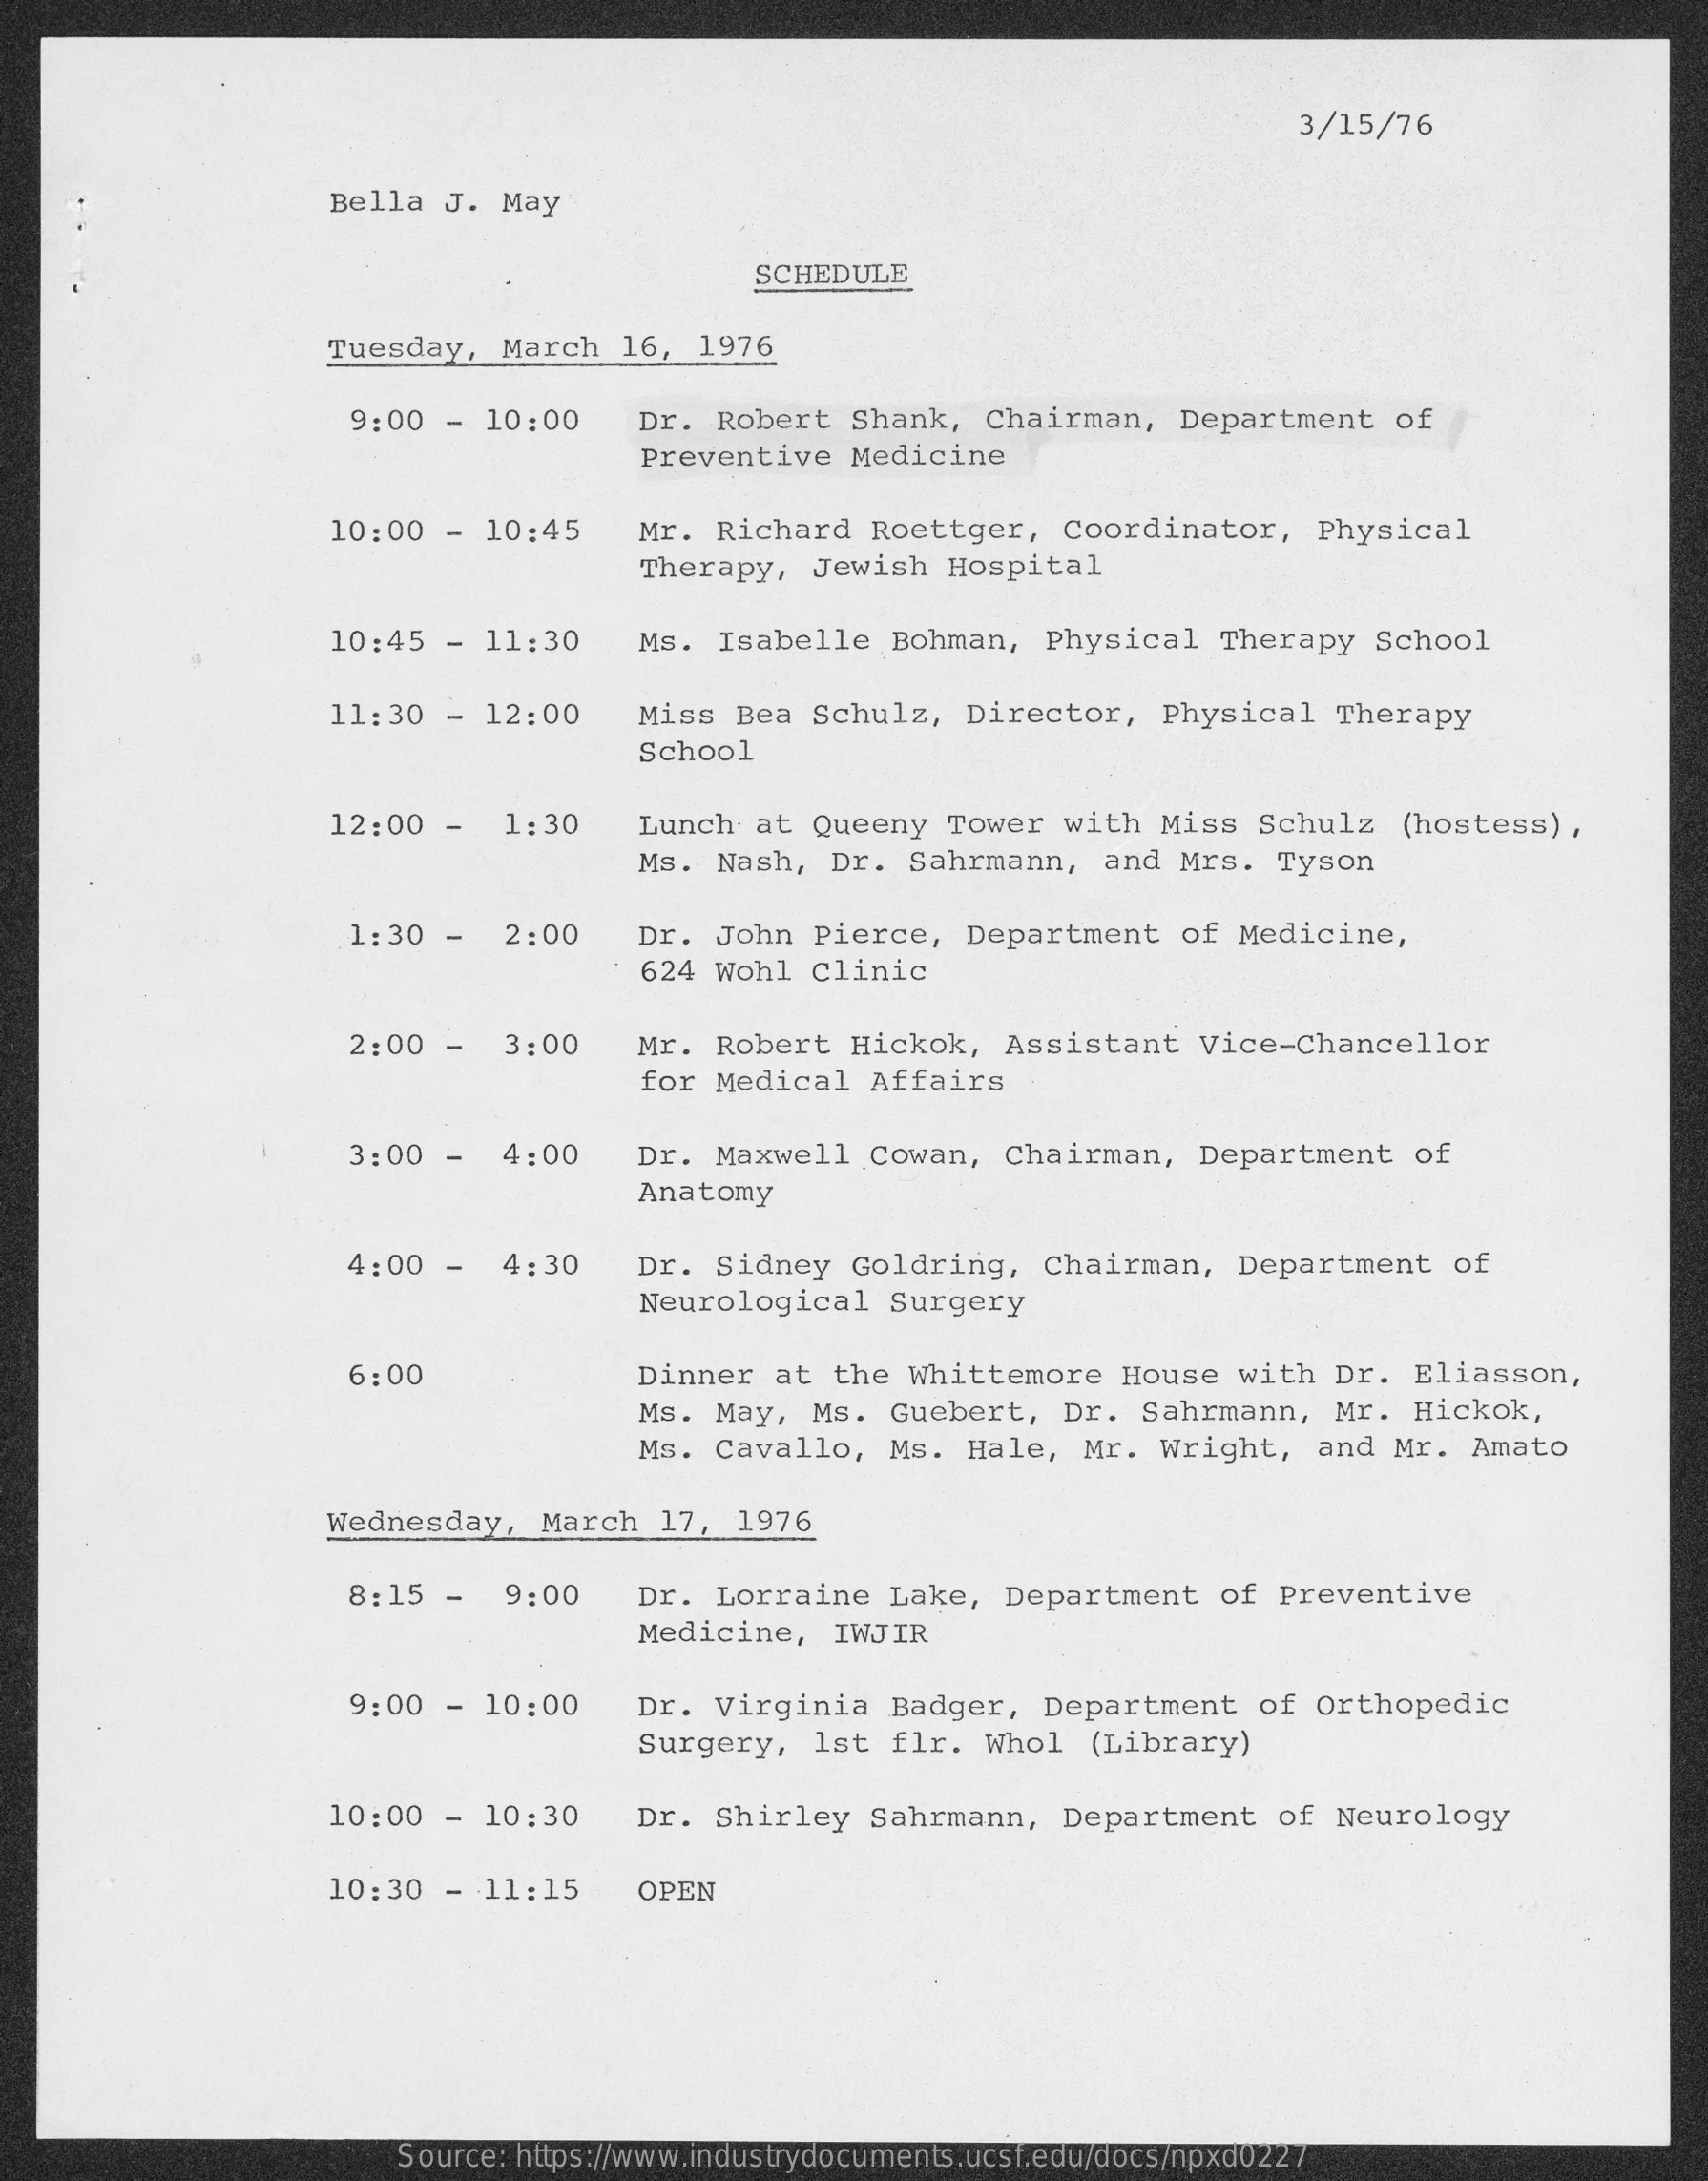
3/15/76
     Bella  J.  May
     SCHEDULE
     Tuesday,   March  16,  1976
     9:00  - 10:00    Dr. Robert   Shank,   Chairman,   Department    of
     Preventive   Medicine
     10:00  - 10:45    Mr. Richard   Roettger,    Coordinator,    Physical
     Therapy,   Jewish  Hospital
     10:45  - 11:30    Ms.  Isabelle   Bohman,   Physical   Therapy   School
     11:30  - 12:00    Miss  Bea  Schulz,   Director,   Physical    Therapy
     School
     12:00  -   1:30    Lunch  at  Queeny  Tower   with  Miss   Schulz   (hostess)  ,
     Ms. Nash,   Dr.  Sahrmann,    and Mrs.   Tyson
     1:30  -   2:00    Dr. John   Pierce,   Department    of Medicine,
     624 Wohl   Clinic
     2:00  -   3:00    Mr. Robert   Hickok,   Assistant    Vice-Chancellor
     for Medical   Affairs
     3:00  -   4:00    Dr.  Maxwell    Cowan,  Chairman,    Department    of
     Anatomy
     4:00  -   4:30    Dr.  Sidney   Goldring,    Chairman,   Department    of
     Neurological    Surgery
     6:00    Dinner  at  the  Whittemore    House  with  Dr.   Eliasson,
     Ms. May,   Ms.  Guebert,   Dr.  Sahrmann,    Mr.  Hickok,
     Ms. Cavallo,    Ms.  Hale,  Mr.  Wright,    and Mr.  Amato
     Wednesday,    March   17,  1976
     8:15  -   9:00    Dr. Lorraine    Lake,  Department    of  Preventive
     Medicine,    IWJIR
     9:00  - 10:00    Dr. Virginia    Badger,   Department    of Orthopedic
     Surgery,   Ist  flr.  Whol   (Library)
     10:00  - 10:30    Dr.  Shirley   Sahrmann,    Department    of  Neurology
     10:30  - 11:15    OPEN
     Source: https://www.industrydocuments.ucsf.edu/docs/npxd0227